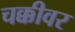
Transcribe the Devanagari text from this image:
चक्कीवर